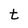
Character: t